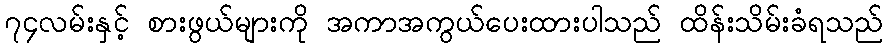
၇၄လမ်းနှင့် စားဖွယ်များကို အကာအကွယ်ပေးထားပါသည် ထိန်းသိမ်းခံရသည်